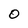
Character: 0